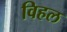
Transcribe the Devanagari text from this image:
विहल